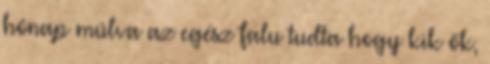
hónap múlva az egész falu tudta hogy kik ők,